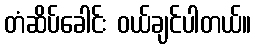
တံဆိပ်ခေါင်း ဝယ်ချင်ပါတယ်။